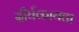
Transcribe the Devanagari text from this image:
दीर्घकायता